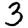
Digit: 3